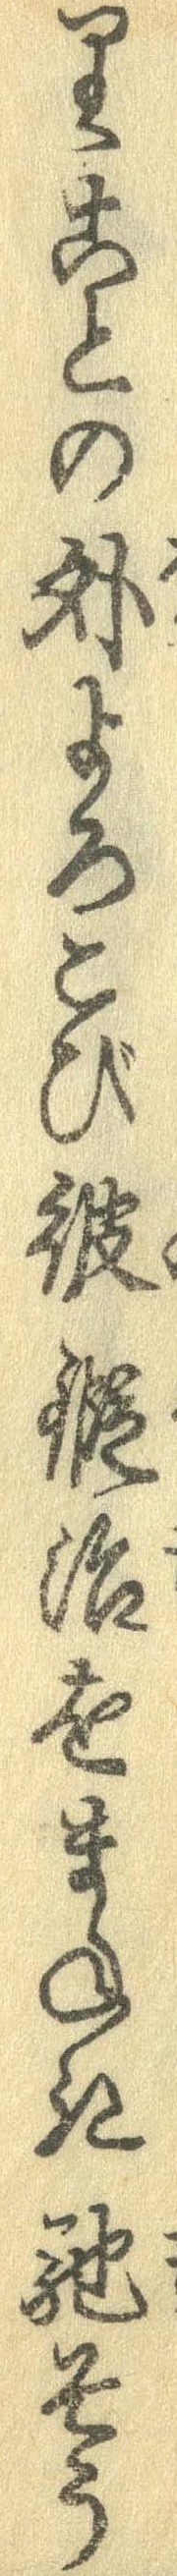
りことの外よろこび彼鍛治をまねき馳そう